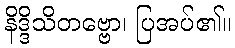
နိဒ္ဒိသိတဗ္ဗော၊ ပြအပ်၏။